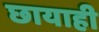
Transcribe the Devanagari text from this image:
छायाही